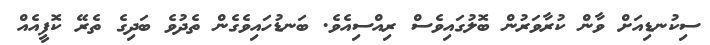
ސިކުނޑިއަށް ވާން ކުރާވަރުން ބޮލުގައިވެސް ރިއްސިއެވެ. ބަނޑުހައިވެގެން ތެދުވެ ބަދިގެ ތެރޭ ކޮފީއެއް